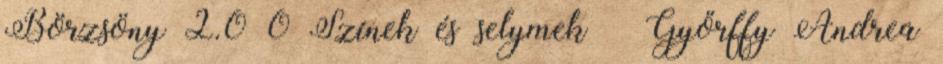
Börzsöny 2.0 0 Színek és selymek – Győrffy Andrea